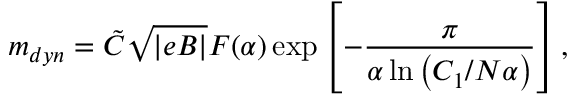
m _ { d y n } = \tilde { C } \sqrt { | e B | } F ( \alpha ) \exp \left[ - \frac { \pi } { \alpha \ln \left( C _ { 1 } / N \alpha \right) } \right] ,